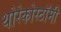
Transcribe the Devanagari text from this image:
थोरेकोस्टॉमी